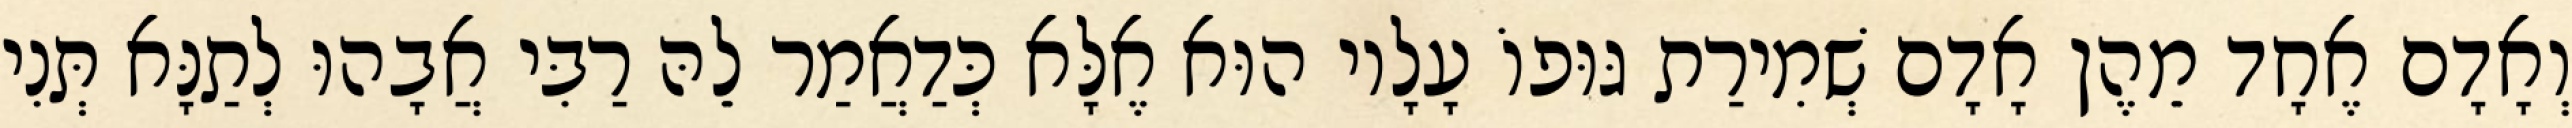
וְאָדָם אֶחָד מֵהֶן אָדָם שְׁמִירַת גּוּפוֹ עָלָיו הוּא אֶלָּא כְּדַאֲמַר לֵהּ רַבִּי אֲבָהוּ לְתַנָּא תְּנִי